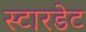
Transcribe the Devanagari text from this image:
स्टारडेट